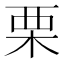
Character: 栗